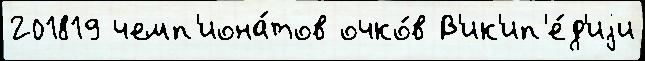
201819 чемп'иона́тов очко́в В'ик'ип'е́д'иjи